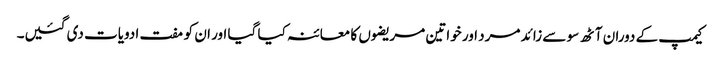
کیمپ کے دوران آٹھ سو سے زائد مرد اور خواتین مریضوں کا معائنہ کیا گیا اور ان کو مفت ادویات دی گئیں۔